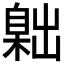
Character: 𦤙